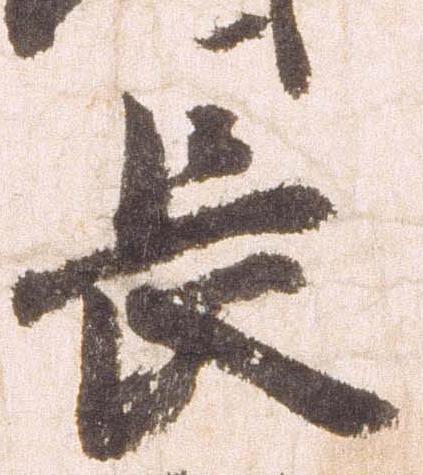
長